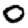
Digit: 0